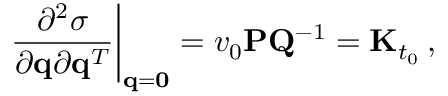
\left. \frac { \partial ^ { 2 } \sigma } { \partial { \bf q } \partial { \bf q } ^ { T } } \right| _ { { \bf q } = { \bf 0 } } = v _ { 0 } { \bf P } { \bf Q } ^ { - 1 } = { \bf K } _ { t _ { 0 } } \, ,